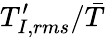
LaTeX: T_{I,rms}^{\prime}/\bar{T}